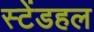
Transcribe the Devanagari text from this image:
स्टेंडहल